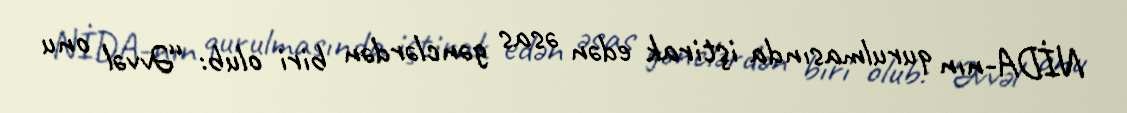
NİDA-nın qurulmasında iştirak edən əsas gənclərdən biri olub: “Əvvəl onu